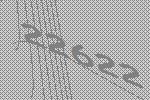
22622